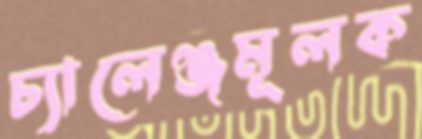
চ্যালেঞ্জমূলক